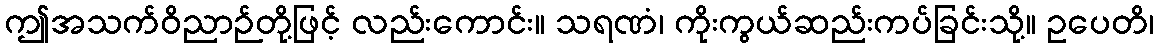
ဤအသက်ဝိညာဉ်တို့ဖြင့် လည်းကောင်း။ သရဏံ၊ ကိုးကွယ်ဆည်းကပ်ခြင်းသို့။ ဥပေတိ၊